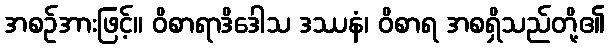
အစဉ်အားဖြင့်။ ဝိစာရာဒိဒေါသ ဒဿနံ၊ ဝိစာရ အစရှိသည်တို့၏